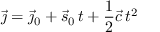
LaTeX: { \vec { \jmath } } = { \vec { \jmath } } _ { 0 } + { \vec { s } } _ { 0 } \, t + { \frac { 1 } { 2 } } { \vec { c } } \, t ^ { 2 }